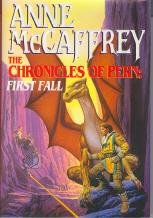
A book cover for The Chronicles of Pern: First Fall (The Dragonriders of Pern); Anne McCaffrey; Science Fiction & Fantasy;